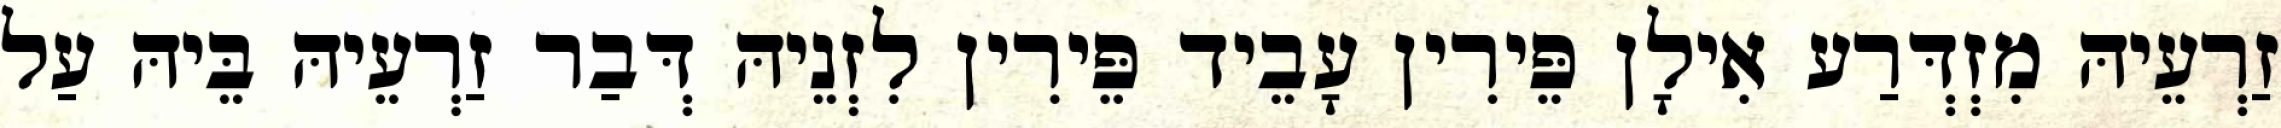
זַרְעֵיהּ מִזְדְּרַע אִילָן פֵּירִין עָבֵיד פֵּירִין לִזְנֵיהּ דְּבַר זַרְעֵיהּ בֵּיהּ עַל